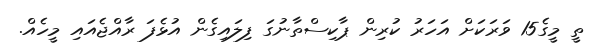
ތީ މީގެ15 ވަރަކަށް އަހަރު ކުރިން ޕާކިސްތާނުގަ ފިލައިގެން އުޅެފަ ރާއްޖެއައި މީހެއް.